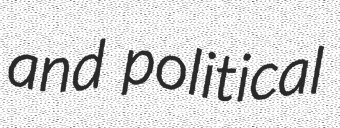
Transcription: and political